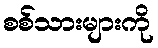
စစ်သားများကို